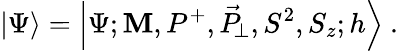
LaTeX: \left|\Psi\right\rangle=\left|\Psi;\mathbf{M},P^{+},\vec{{P}}_{\! \perp},S^{2},S_{z};h\right\rangle\ .